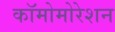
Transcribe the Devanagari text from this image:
कॉमोमोरेशन